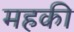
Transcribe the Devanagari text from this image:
महकी